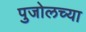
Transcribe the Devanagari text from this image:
पुजोलच्या